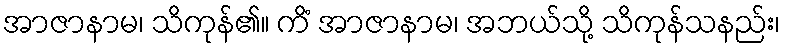
အာဇာနာမ၊ သိကုန်၏။ ကိံ အာဇာနာမ၊ အဘယ်သို့ သိကုန်သနည်း၊